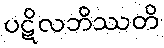
ပဋိလဘိဿတိ